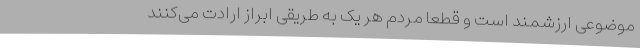
موضوعی ارزشمند است و قطعا مردم هر یک به طریقی ابراز ارادت می‌کنند